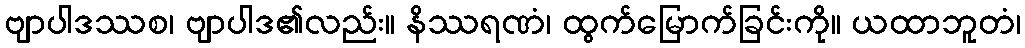
ဗျာပါဒဿစ၊ ဗျာပါဒ၏လည်း။ နိဿရဏံ၊ ထွက်မြောက်ခြင်းကို။ ယထာဘူတံ၊